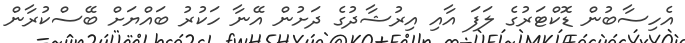
އެހިސާބުން ޑޮކްޓަރުގެ ލަފަ އާއި އިރުޝާދުގެ ދަށުން އޭނާ ހަކުރު ބައްޔަށް ބޭސްކުރާން